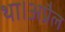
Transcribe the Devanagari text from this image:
था।अप्रैल